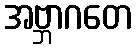
အဗ္ဘာဂတေ